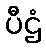
ပီဌံ